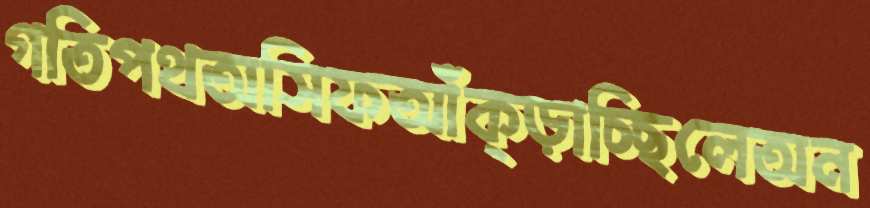
গতিপথঅসিফআঁক্‌ড়াচ্ছিলেঅন